Lunatic asylums Madras 1892-1911 - 1892-1911
Year: 1892
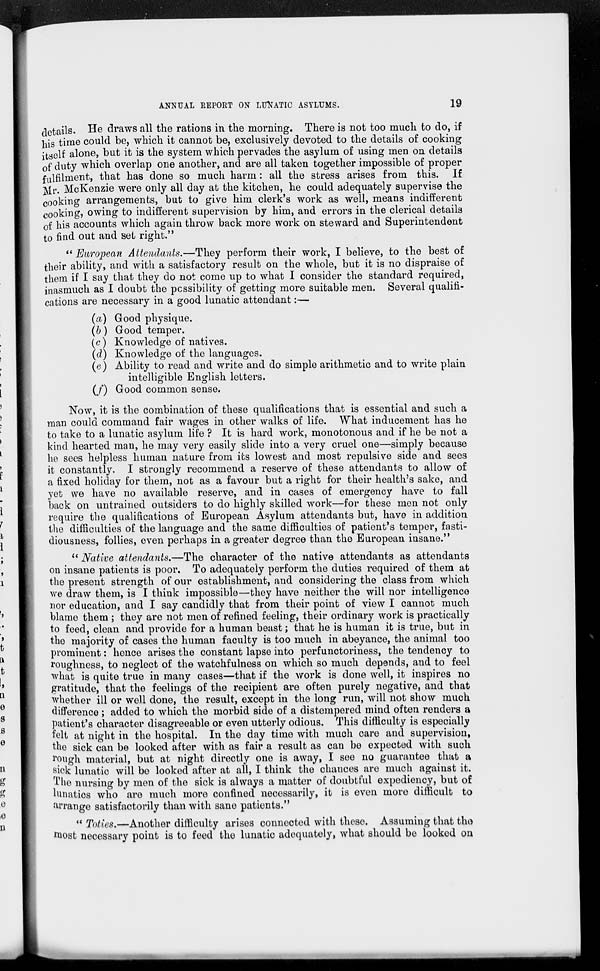
ANNUAL REPORT ON LUNATIC ASYLUMS.
19
details. He draws all the rations in the morning. There is not too much to do, if
his time could be, which it cannot be, exclusively devoted to the details of cooking
itself alone, but it is the system which pervades the asylum of using men on details
of duty which overlap one another, and are all taken together impossible of proper
fulfilment, that has done so much harm: all the stress arises from this. If
Mr. McKenzie were only all day at the kitchen, he could adequately supervise the
cooking arrangements, but to give him clerk's work as well, means indifferent
cooking, owing to indifferent supervision by him, and errors in the clerical details
of his accounts which again throw back more work on steward and Superintendent
to find out and set right."
" European Attendants.—They perform their work, I believe, to the best of
their ability, and with a satisfactory result on the whole, but it is no dispraise of
them if I say that they do not come up to what I consider the standard required,
inasmuch as I doubt the possibility of getting more suitable men. Several qualifi-
cations are necessary in a good lunatic attendant:—
(a) Good physique.
(b) Good temper.
(c) Knowledge of natives.
(d) Knowledge of the languages.
(e) Ability to read and write and do simple arithmetic and to write plain
intelligible English letters.
(f) Good common sense.
Now, it is the combination of these qualifications that is essential and such a
man could command fair wages in other walks of life. What inducement has he
to take to a lunatic asylum life ? It is hard work, monotonous and if he be not a
kind hearted man, he may very easily slide into a very cruel one—simply because
he sees helpless human nature from its lowest and most repulsive side and sees
it constantly. I strongly recommend a reserve of these attendants to allow of
a fixed holiday for them, not as a favour but a right for their health's sake, and
yet we have no available reserve, and in cases of emergency have to fall
back on untrained outsiders to do highly skilled work—for these men not only
require the qualifications of European Asylum attendants but, have in addition
the difficulties of the language and the same difficulties of patient's temper, fasti-
diousness, follies, even perhaps in a greater degree than the European insane."
" Native attendants.—The character of the native attendants as attendants
on insane patients is poor. To adequately perform the duties required of them at
the present strength of our establishment, and considering the class from which
we draw them, is I think impossible—they have neither the will nor intelligence
nor education, and I say candidly that from their point of view I cannot much
blame them ; they are not men of refined feeling, their ordinary work is practically
to feed, clean and provide for a human beast; that he is human it is true, but in
the majority of cases the human faculty is too much in abeyance, the animal too
prominent: hence arises the constant lapse into perfunctoriness, the tendency to
roughness, to neglect of the watchfulness on which so much depends, and to feel
what is quite true in many cases—that if the work is done well, it inspires no
gratitude, that the feelings of the recipient are often purely negative, and that
whether ill or well done, the result, except in the long run, will not show much
difference; added to which the morbid side of a distempered mind often renders a
patient's character disagreeable or even utterly odious. This difficulty is especially
felt at night in the hospital. In the day time with much care and supervision,
the sick can be looked after with as fair a result as can be expected with such
rough material, but at night directly one is away, I see no guarantee that a
sick lunatic will be looked after at all, I think the chances are much against it.
The nursing by men of the sick is always a matter of doubtful expediency, but of
lunatics who are much more confined necessarily, it is even more difficult to
arrange satisfactorily than with sane patients."
" Toties.—Another difficulty arises connected with these. Assuming that the
most necessary point is to feed the lunatic adequately, what should be looked on